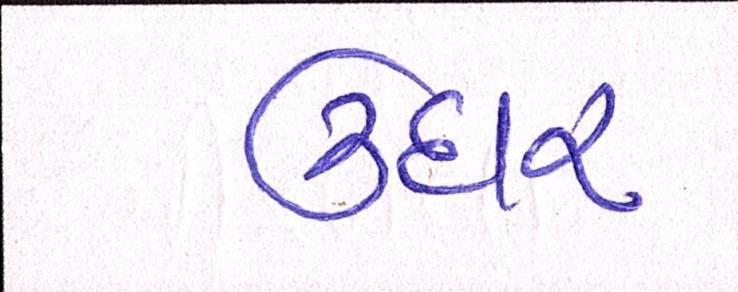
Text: ઉદાર